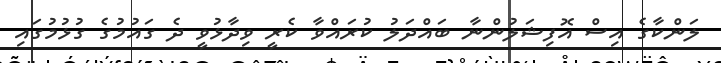
ލަންކާގެ އިސް އޮފިޝަލުންނާ ބައްދަލު ކުރައްވާ ކެރީ ވިދާޅުވީ ދެ ގައުމުގެ ގުޅުމުގައި